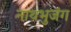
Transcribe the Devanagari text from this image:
नाथभुजंग